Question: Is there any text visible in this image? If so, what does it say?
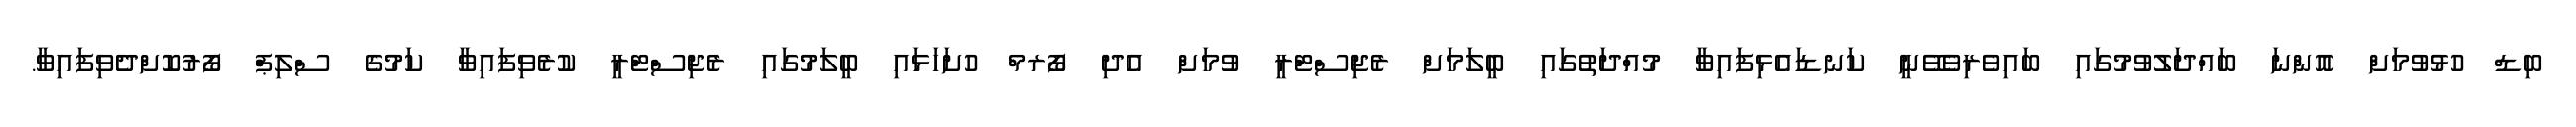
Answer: ބިޑް ހުޅުވުމަށް އޮންނަ ބައްދަލުވުމުގައި ބައިވެރިވެވޭނީ ކަނޑައެޅިފައިވާ މުއްދަތުގައި ބީލަމަށް ރެޖިސްޓްރީ ވުމަށް އެދި ފޯރމް ހުށަހަޅައި ބީލަމުގައި ރެޖިސްޓްރީ ކުރެވިފައިވާ ކަމުގެ ސްލިޕްް ފޯރުކޮށްދެވިފައިވާ.